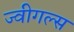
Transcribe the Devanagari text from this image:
ज्वीगल्स